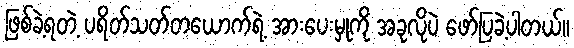
ဖြစ်ခဲ့ရတဲ့ ပရိတ်သတ်တယောက်ရဲ့ အားပေးမှုကို အခုလိုပဲ ဖော်ပြခဲ့ပါတယ်။